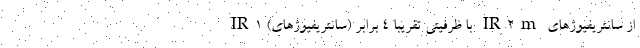
از سانتریفیوژهای IR۲m با ظرفیتی تقریبا ۴ برابر (سانتریفیوژهای) IR۱